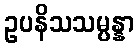
ဥပနိသသမ္ပန္နာ